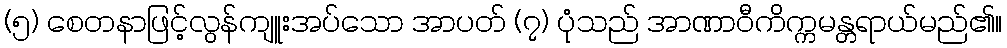
(၅) စေတနာဖြင့်လွန်ကျူးအပ်သော အာပတ် (၇) ပုံသည် အာဏာဝီကိက္ကမန္တရာယ်မည်၏။